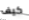
كيف